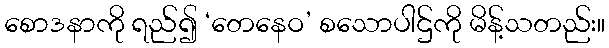
စောဒနာကို ရည်၍ ‘တေနေဝ’ စသောပါဌ်ကို မိန့်သတည်း။